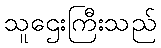
သူဌေးကြီးသည်